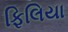
ફિલિયા